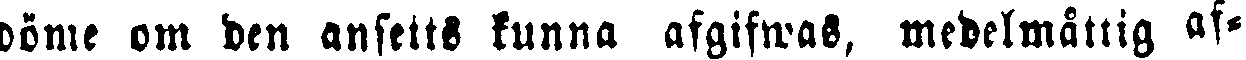
döme om den ansetts kunna afgifwas, medelmåttig af-